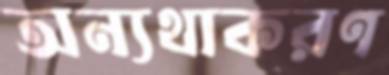
অন্যথাকরণ